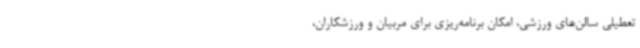
تعطیلی سالن‌های ورزشی، امکان برنامه‌ریزی برای مربیان و ورزشکاران،